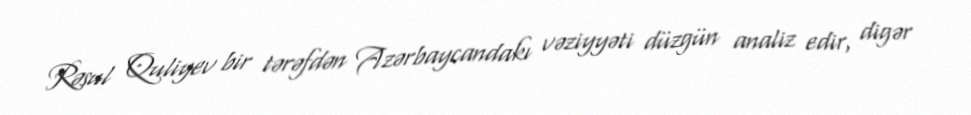
Rəsul Quliyev bir tərəfdən Azərbaycandakı vəziyyəti düzgün analiz edir, digər